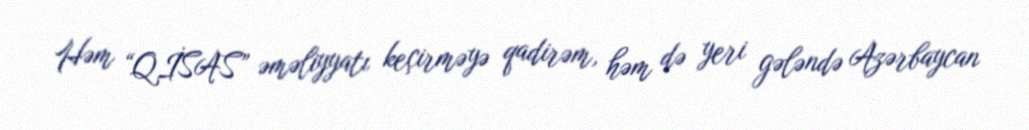
Həm “QİSAS” əməliyyatı keçirməyə qadirəm, həm də yeri gələndə Azərbaycan